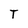
Character: T